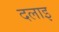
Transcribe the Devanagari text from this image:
दलाइ